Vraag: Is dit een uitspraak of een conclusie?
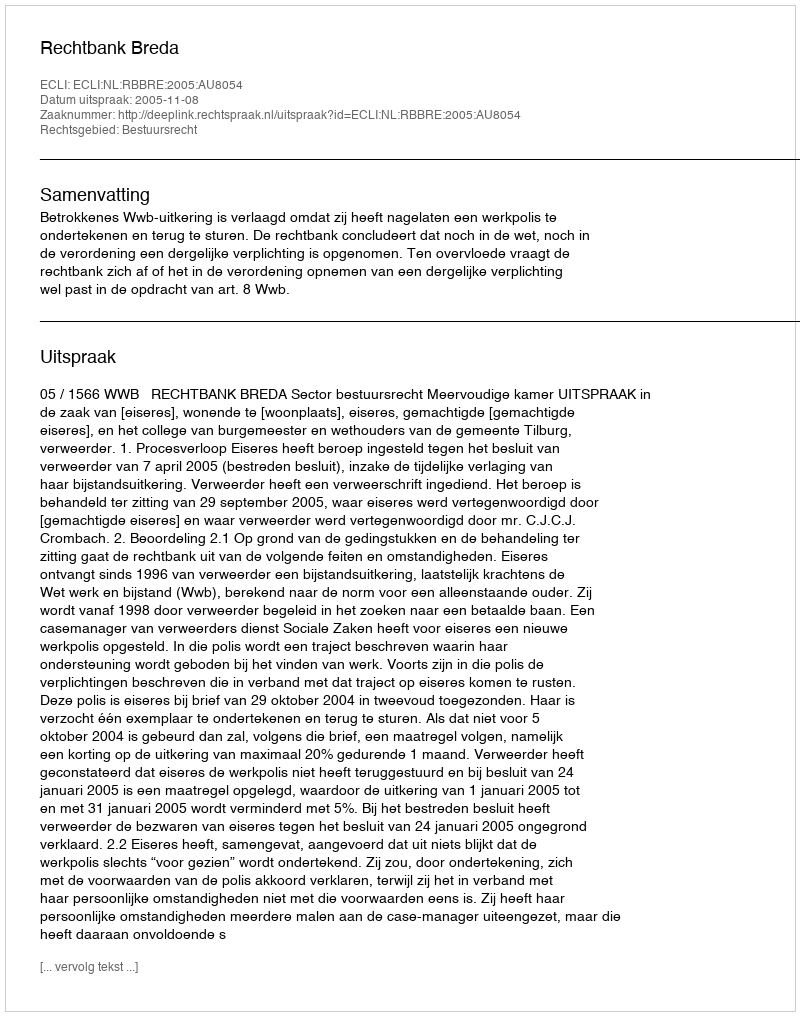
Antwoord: Uitspraak